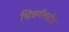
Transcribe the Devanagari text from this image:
चित्रगॅलरीत